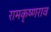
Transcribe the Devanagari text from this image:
रामकृष्णराव